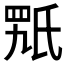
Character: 𣱍